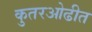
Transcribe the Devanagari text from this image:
कुतरओढीत